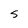
Character: S